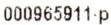
000965911·P